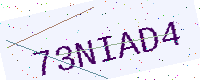
Text: 73NIAD4